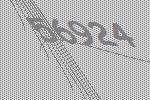
56924